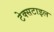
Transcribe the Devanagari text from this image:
टेक्‍सटाइल